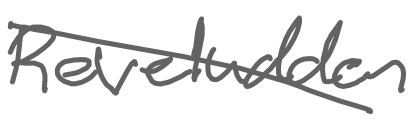
Text: Reveludden
Cross-out: diagonal
Writing tool: digital_gray